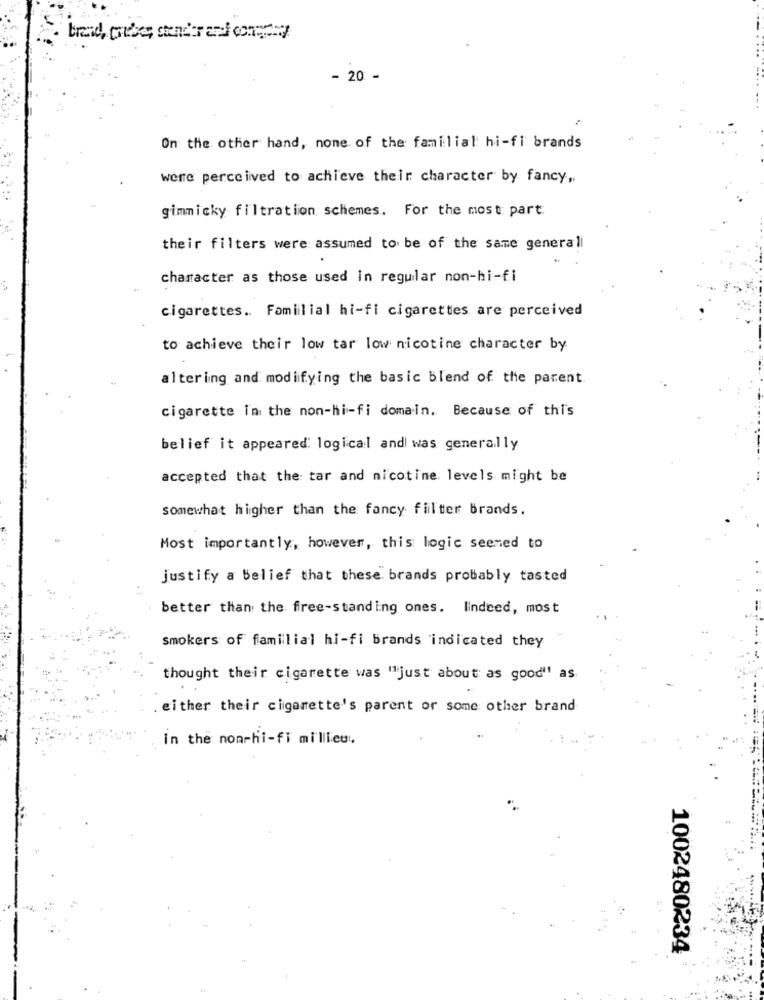
- 20 -
On the other hand, none of the familial hi-fi brands
were perceived to achieve their character by fancy ,.
gimmicky filtration schemes. For the most part
their filters were assumed to be of the same generali
character as those used in regular non-hi-fi
cigarettes .. Familial hi-fi cigarettes are perceived
to achieve their low tar low nicotine character by
altering and modifying the basic blend of the parent.
cigarette in the non-hi-fi domain. Because of thi's
belief it appeared: logical and was generally
accepted that the tar and nicotine. levels might be
somewhat higher than the fancy filter Brands.
Most importantly, however, this logic seemed to
justify a Belief that these. brands probably tasted
better than the free-standing ones. Iindeed, most
Smokers of familial hi-fi brands indicated they
thought their cigarette was "just about as good" as
either their cigarette's parent or some other brand
In the nonrhi-fi millieu.
1002480234